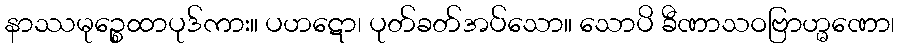
နာဿမုဉ္စေထာပုဒ်ကား။ ပဟဋော၊ ပုတ်ခတ်အပ်သော။ သောပိ ခီဏာသဝဗြာဟ္မဏော၊